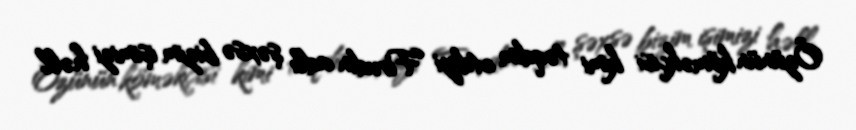
Özünün köməkçisi kimi təqdim etdiyi Firudin adlı şəxsə bizim işimizi həll